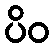
ပိဝ